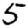
Digit: 5